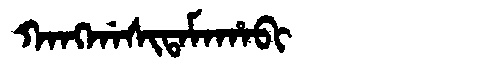
Manchu: ᡴᠠᠩᡤᠠᠰᡳᡨᠠᠮᠠᡥᠠᠪᡳ
Romanization: KANGGASITAMAHABI